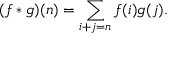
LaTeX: ( f * g ) ( n ) = \sum _ { i + j = n } f ( i ) g ( j ) .